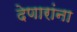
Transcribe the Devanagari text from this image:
देणारांना